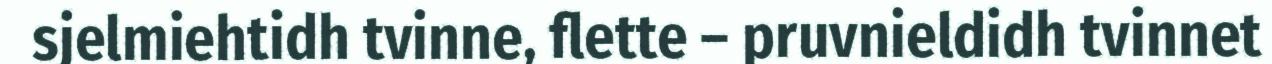
sjelmiehtidh tvinne, flette – pruvnieldidh tvinnet